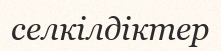
селкілдіктер